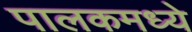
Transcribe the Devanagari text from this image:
पालकमध्ये